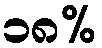
၁၈%